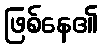
ဖြစ်နေ၏